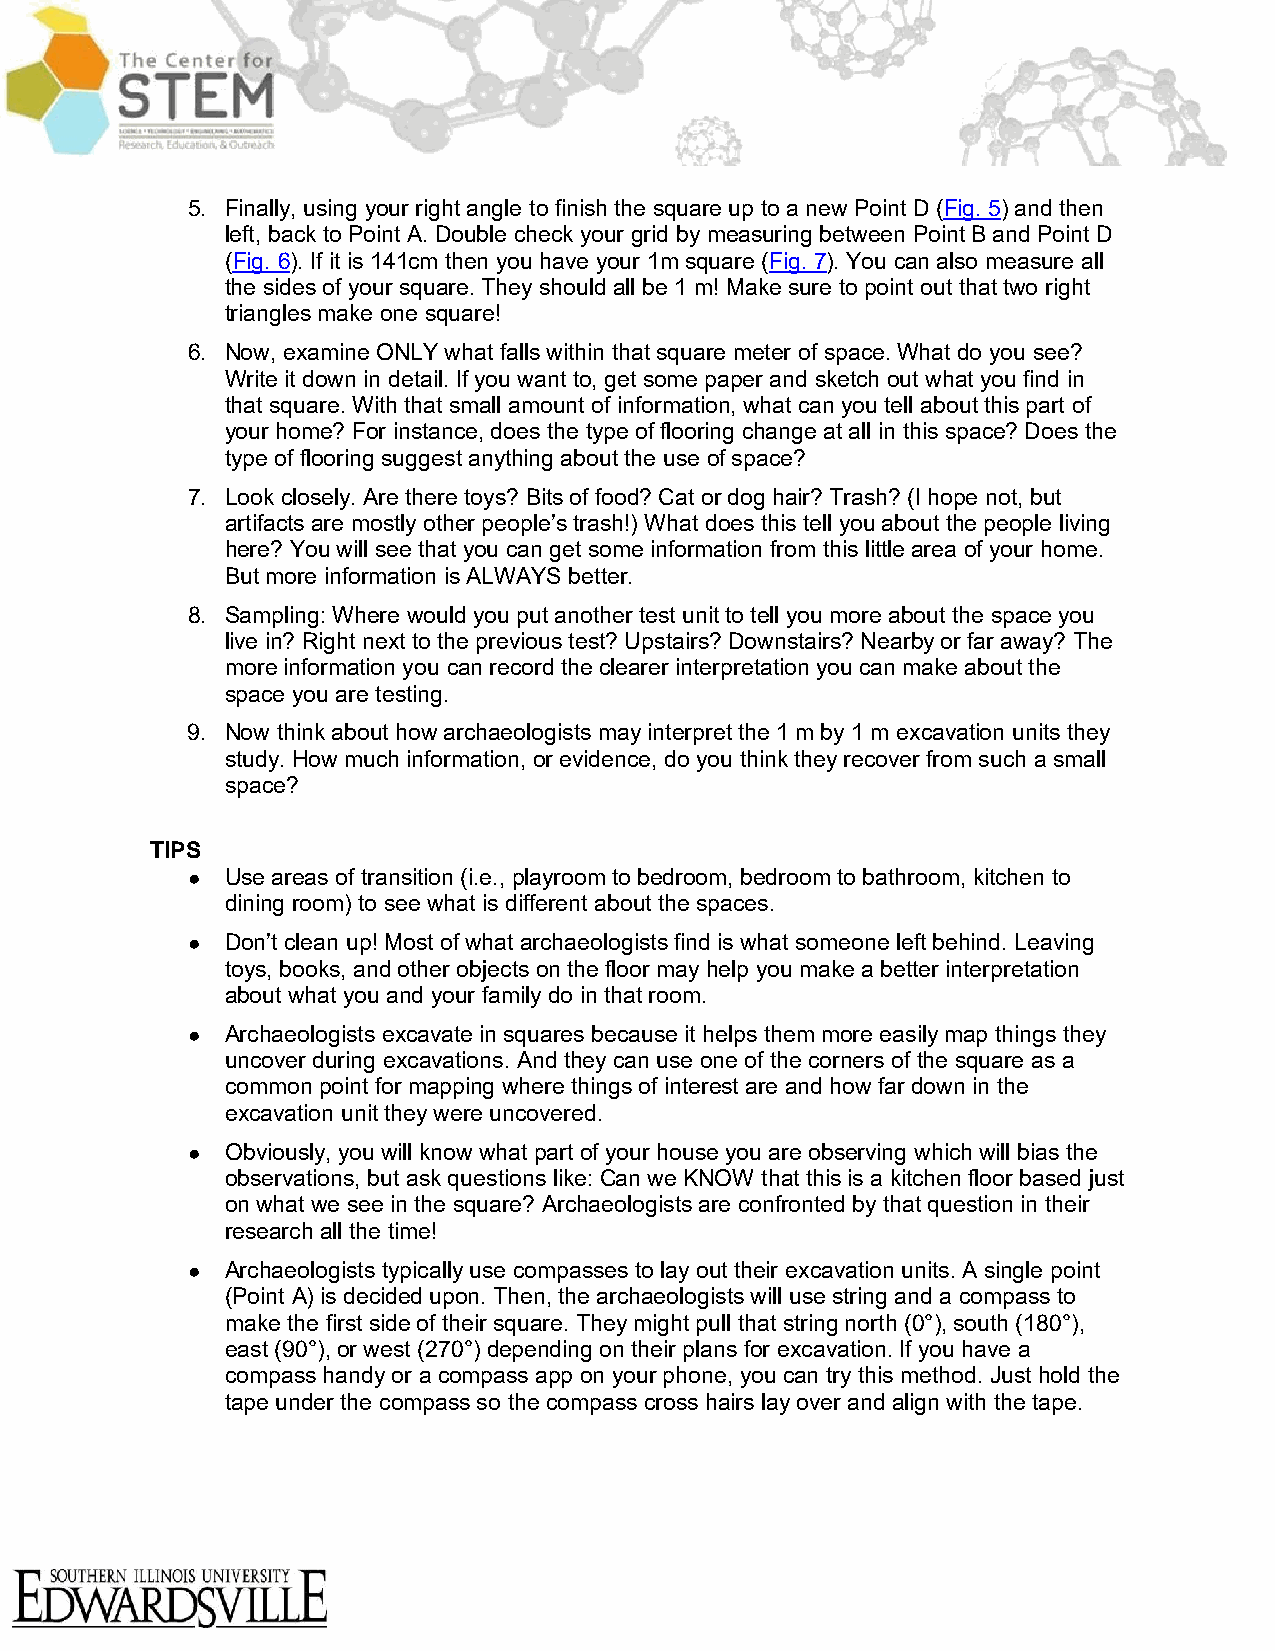
5. Finally, using your right angle to finish the square up to a new Point D (Fig. 5) and then
 left, back to Point A. Double check your grid by measuring between Point B and Point D
 (Fig. 6). If it is 141cm then you have your 1m square (Fig. 7). You can also measure all
 the sides of your square. They should all be 1 m! Make sure to point out that two right
 triangles make one square!
 6. Now, examine ONLY what falls within that square meter of space. What do you see?
 Write it down in detail. If you want to, get some paper and sketch out what you find in
 that square. With that small amount of information, what can you tell about this part of
 your home? For instance, does the type of flooring change at all in this space? Does the
 type of flooring suggest anything about the use of space?
 7. Look closely. Are there toys? Bits of food? Cat or dog hair? Trash? (I hope not, but
 artifacts are mostly other people’s trash!) What does this tell you about the people living
 here? You will see that you can get some information from this little area of your home.
 But more information is ALWAYS better.
 8. Sampling: Where would you put another test unit to tell you more about the space you
 live in? Right next to the previous test? Upstairs? Downstairs? Nearby or far away? The
 more information you can record the clearer interpretation you can make about the
 space you are testing.
 9. Now think about how archaeologists may interpret the 1 m by 1 m excavation units they
 study. How much information, or evidence, do you think they recover from such a small
 space?
 TIPS
 ●  Use areas of transition (i.e., playroom to bedroom, bedroom to bathroom, kitchen to
 dining room) to see what is different about the spaces.
 ●  Don’t clean up! Most of what archaeologists find is what someone left behind. Leaving
 toys, books, and other objects on the floor may help you make a better interpretation
 about what you and your family do in that room.
 ●  Archaeologists excavate in squares because it helps them more easily map things they
 uncover during excavations. And they can use one of the corners of the square as a
 common point for mapping where things of interest are and how far down in the
 excavation unit they were uncovered.
 ●  Obviously, you will know what part of your house you are observing which will bias the
 observations, but ask questions like: Can we KNOW that this is a kitchen floor based just
 on what we see in the square? Archaeologists are confronted by that question in their
 research all the time!
 ●  Archaeologists typically use compasses to lay out their excavation units. A single point
 (Point A) is decided upon. Then, the archaeologists will use string and a compass to
 make the first side of their square. They might pull that string north (0°), south (180°),
 east (90°), or west (270°) depending on their plans for excavation. If you have a
 compass handy or a compass app on your phone, you can try this method. Just hold the
 tape under the compass so the compass cross hairs lay over and align with the tape.